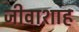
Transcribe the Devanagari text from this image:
जीवाशाह